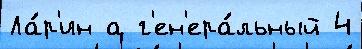
Ла́р'ин а г'ен'ера́льный 4